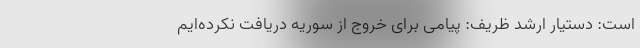
است: دستیار ارشد ظریف: پیامی برای خروج از سوریه دریافت نکرده‌ایم